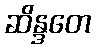
ဆိန္ဒတေ